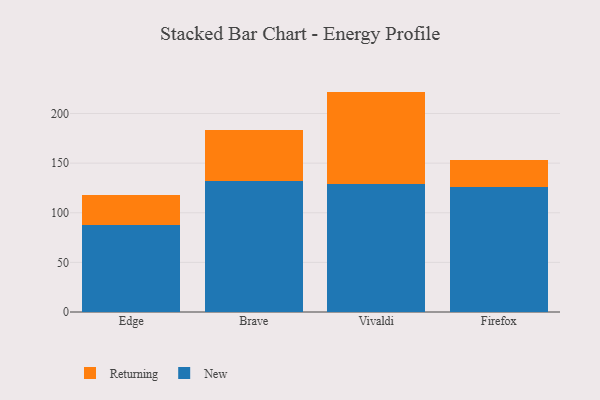
{"axis": {"x": "Browser", "y": "Tickets Resolved"}, "legend": ["New", "Returning"], "data": [{"x": "Edge", "y": 87.6, "type": "New"}, {"x": "Edge", "y": 30.0, "type": "Returning"}, {"x": "Brave", "y": 132.5, "type": "New"}, {"x": "Brave", "y": 51.3, "type": "Returning"}, {"x": "Vivaldi", "y": 129.1, "type": "New"}, {"x": "Vivaldi", "y": 93.0, "type": "Returning"}, {"x": "Firefox", "y": 125.8, "type": "New"}, {"x": "Firefox", "y": 27.1, "type": "Returning"}]}